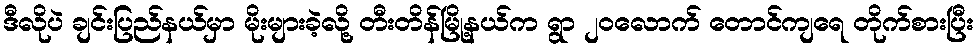
ဒီလိုပဲ ချင်းပြည်နယ်မှာ မိုးများခဲ့လို့ တီးတိန်မြို့နယ်က ရွာ ၂၀လောက် တောင်ကျရေ တိုက်စားပြီး